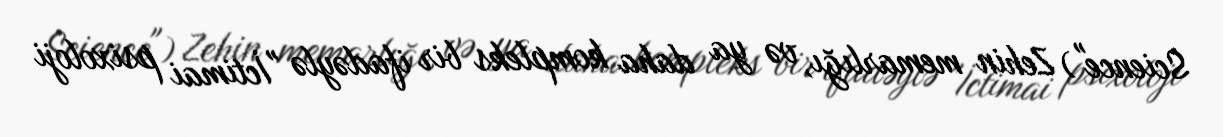
Science") Zehin memarlığı, və ya daha kompleks bir ifadəylə "İctimai psixoloji